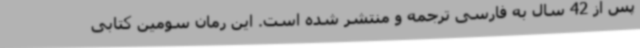
پس از 42 سال به فارسی ترجمه و منتشر شده است. این رمان سومین کتابی